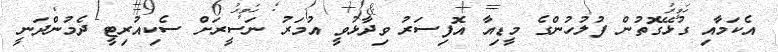
އެކަމާއި ގުޅޭގޮތުން ފުލުހުންގެ މީޑިއާ އޮފިސަރު ވިދާޅުވީ އުމަރު ނަސީރަށް ސެކިއުރިޓީ ދެމުންދަނީ